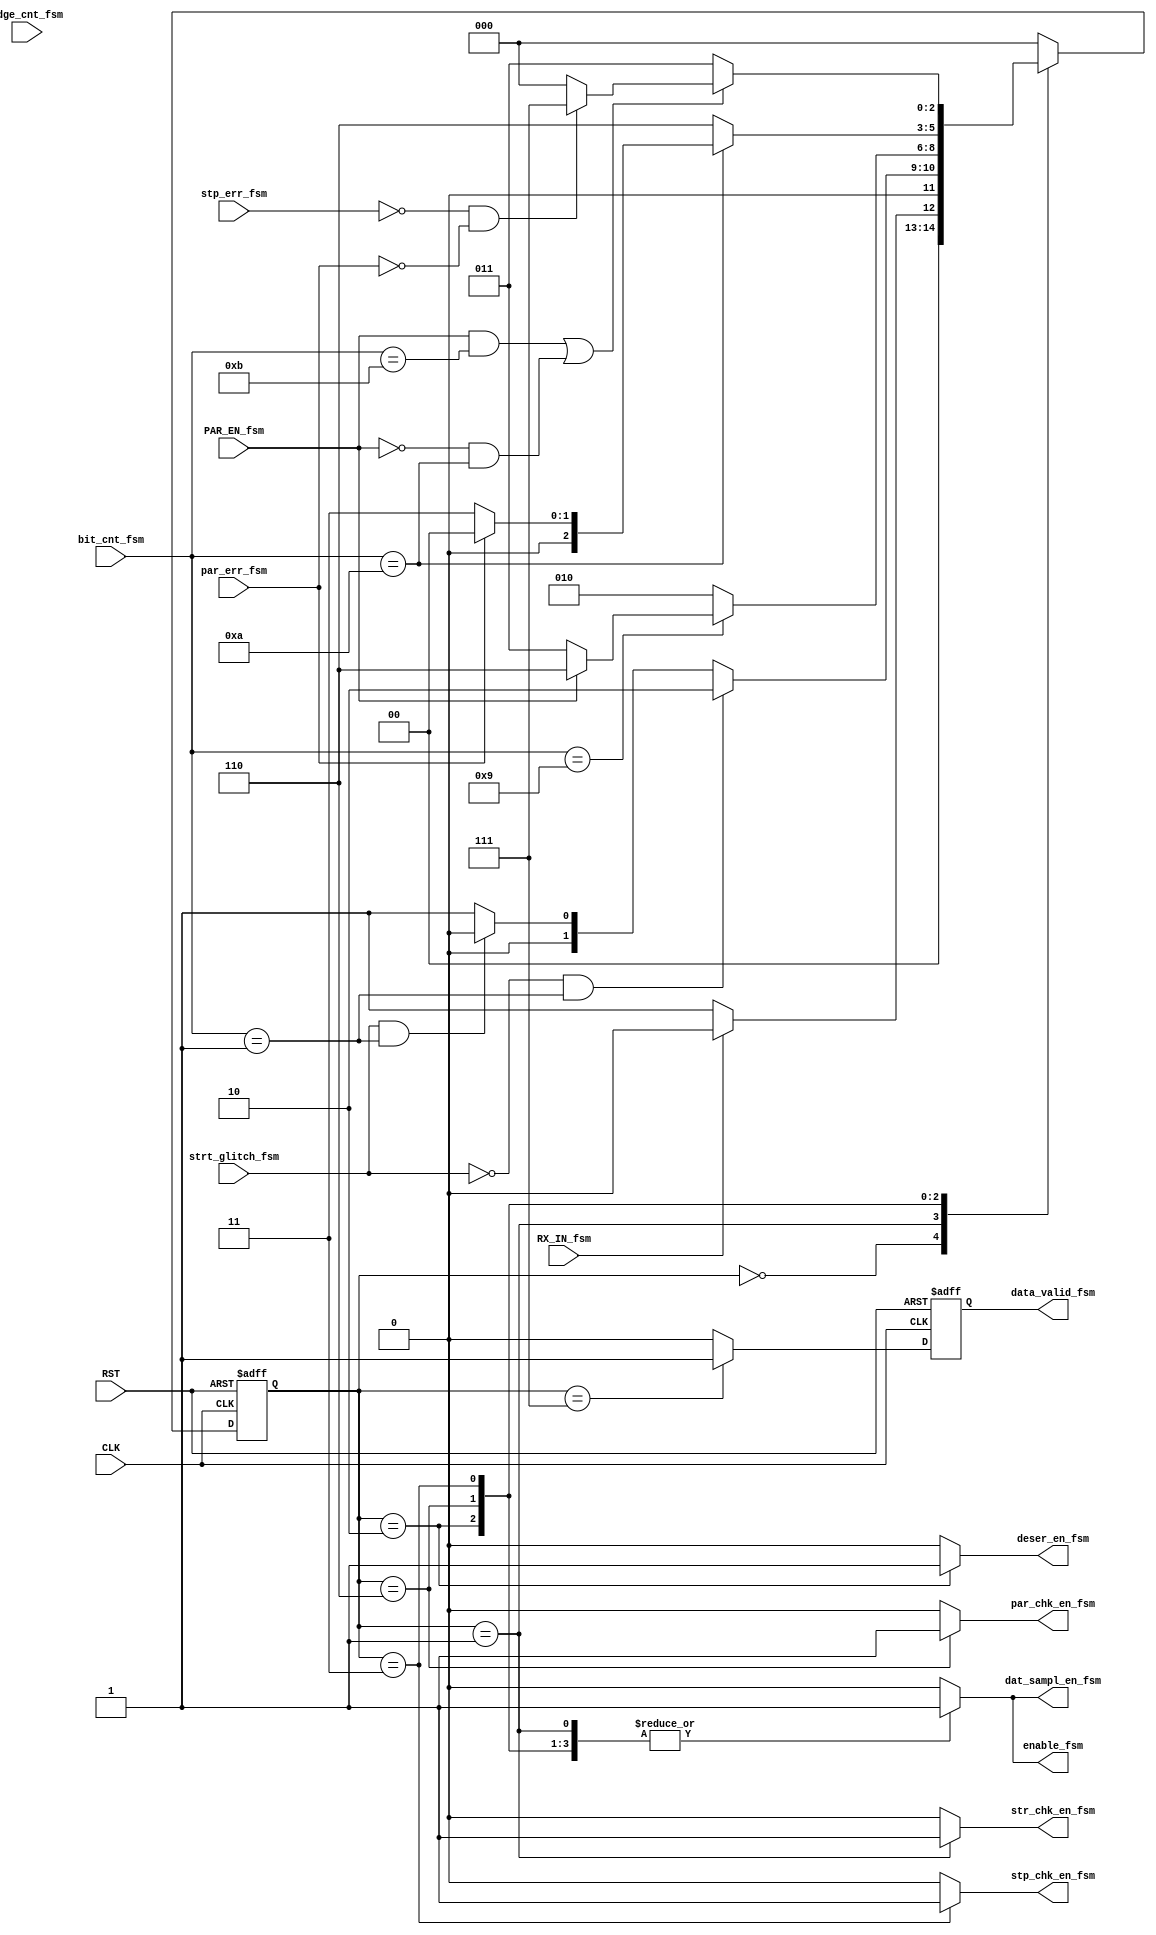
module FSM_rx(
	input  wire             CLK,
	input  wire             RST,
	input  wire             RX_IN_fsm,
	input  wire             PAR_EN_fsm,
	input  wire    [2:0]    edge_cnt_fsm,
	input  wire    [3:0]    bit_cnt_fsm,
	input  wire             par_err_fsm,
	input  wire             strt_glitch_fsm,
	input  wire             stp_err_fsm,
	output reg              dat_sampl_en_fsm,
	output reg              enable_fsm,
	output reg              deser_en_fsm,
	output reg              data_valid_fsm,
	output reg              stp_chk_en_fsm,
	output reg              str_chk_en_fsm,
	output reg              par_chk_en_fsm
);

localparam Idle  =3'b000,
           Start =3'b001,
           Stop  =3'b011,
           Data  =3'b010,
           Parity=3'b110,
           Valid =3'b111;

reg [2:0]  Curr_state,Next_state;
reg data_valid_reg;

always@(posedge CLK,negedge RST)
begin
    if(!RST)
        begin
            Curr_state <= Idle;
        end
    else
        begin
            Curr_state <= Next_state;
        end
end

always@(posedge CLK,negedge RST)
begin
    if(!RST)
        begin
            data_valid_fsm <= 0;
        end
    else
        begin
            data_valid_fsm <= data_valid_reg;
        end
end

always@(*)
begin
    dat_sampl_en_fsm = 1'b0;
    enable_fsm = 1'b0;
    deser_en_fsm = 1'b0;
    data_valid_reg = 1'b0;
    stp_chk_en_fsm = 1'b0;
    str_chk_en_fsm = 1'b0;
    par_chk_en_fsm = 1'b0;
    
    case (Curr_state)
        Idle:begin
            if(!RX_IN_fsm)
                begin
                    Next_state = Start;
                end
            else
                begin
                    Next_state = Idle;
                end
            end
            
        Start:begin
            str_chk_en_fsm = 1'b1;
            dat_sampl_en_fsm = 1'b1;
            enable_fsm = 1'b1;
            if(!strt_glitch_fsm && bit_cnt_fsm==4'b0001)
                begin
                    Next_state = Data;
                end
            else if(strt_glitch_fsm && bit_cnt_fsm==4'b0001)
                begin
                    Next_state = Idle;
                end
            else
                begin
                    Next_state = Start;
                end
            end
            
        Data:begin
            deser_en_fsm = 1'b1;
            dat_sampl_en_fsm = 1'b1;
            enable_fsm = 1'b1;
            if(bit_cnt_fsm == 4'b1001)
                begin
                    if(PAR_EN_fsm)
                        begin
                            Next_state = Parity;
                        end
                    else
                        begin
                            Next_state = Stop;
                        end
                end
            else
                begin
                   Next_state = Data; 
                end
            end
            
        Parity:begin
                par_chk_en_fsm =1'b1;
                dat_sampl_en_fsm = 1'b1;
                enable_fsm = 1'b1;
                if(bit_cnt_fsm == 4'b1010)
                    begin
                        if(par_err_fsm)
                            begin
                                Next_state = Idle;
                            end
                        else
                            begin
                                Next_state = Stop;
                            end
                    end
                else
                    begin
                        Next_state = Parity;
                    end
                end
            
        Stop:begin
            stp_chk_en_fsm = 1'b1;
            dat_sampl_en_fsm = 1'b1;
            enable_fsm = 1'b1;
            if( (PAR_EN_fsm && bit_cnt_fsm==4'b1011) || (!PAR_EN_fsm && bit_cnt_fsm==4'b1010 ))
                begin
                    if(!stp_err_fsm && !par_err_fsm)
                        begin
                            Next_state = Valid;
                        end
                    else
                        begin
                            Next_state = Idle;
                        end
                end
            else
                begin
                    Next_state = Stop;
                end     
        end
            
        Valid:begin
            Next_state = Idle;
            data_valid_reg = 1'b1;
            end
            
        default:begin
            Next_state = Idle;
            dat_sampl_en_fsm = 1'b0;
            enable_fsm = 1'b0;
            deser_en_fsm = 1'b0;
            data_valid_reg = 1'b0;
            stp_chk_en_fsm = 1'b0;
            str_chk_en_fsm = 1'b0;
            par_chk_en_fsm = 1'b0;
            end
    endcase
end
endmodule